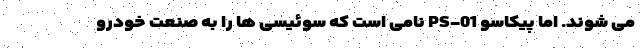
می شوند. اما پیکاسو PS-01 نامی است که سوئیسی ها را به صنعت خودرو